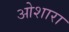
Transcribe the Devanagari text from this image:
ओशारा